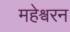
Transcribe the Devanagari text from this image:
महेश्वरन